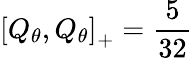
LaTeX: \left[Q_{\theta},Q_{\theta}\right]_{+}=\frac{5}{32}